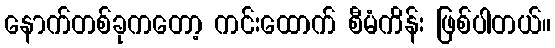
နောက်တစ်ခုကတော့ ကင်းထောက် စီမံကိန်း ဖြစ်ပါတယ်။